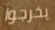
يخرجوا